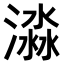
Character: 𣾜